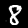
Label: 8